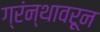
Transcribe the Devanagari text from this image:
ग्रंन्थावरून